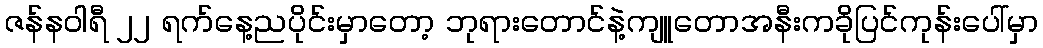
ဇန်နဝါရီ ၂၂ ရက်နေ့ညပိုင်းမှာတော့ ဘုရားတောင်နဲ့ကျူတောအနီးကခိုပြင်ကုန်းပေါ်မှာ